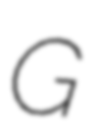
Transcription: G